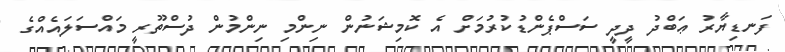
ފަނޑިޔާރު ޢަބްދު ދީދީ ސަސްޕެންޑުކުރުމަށް އެ ކޮމިޝަނުން ނިންމި ނިންމުން ދުސްތޫރީ މައްސަލައެއްގެ